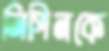
নিপিনকে